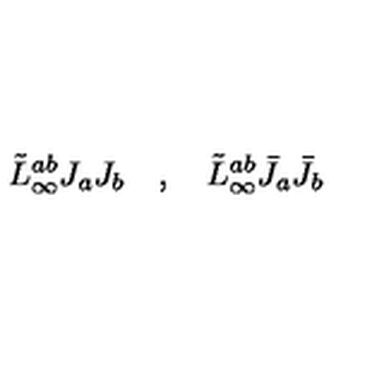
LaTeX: \tilde { L } _ { \infty } ^ { a b } J _ { a } J _ { b } \quad , \quad \tilde { L } _ { \infty } ^ { a b } \bar { J } _ { a } \bar { J } _ { b }